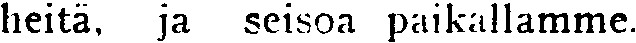
heitä, ja seisoa paikallamme.